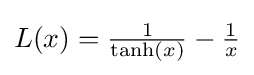
{\textstyle L(x)={\frac {1}{\tanh(x)}}-{\frac {1}{x}}}